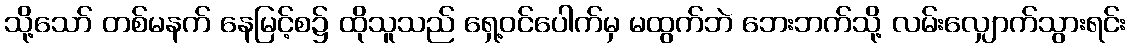
သို့သော် တစ်မနက် နေမြင့်စ၌ ထိုသူသည် ရှေ့ဝင်ပေါက်မှ မထွက်ဘဲ ဘေးဘက်သို့ လမ်းလျှောက်သွားရင်း